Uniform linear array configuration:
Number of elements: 24
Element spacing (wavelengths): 1
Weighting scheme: hamming
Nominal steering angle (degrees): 0
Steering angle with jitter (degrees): -0.5341
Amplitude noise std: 0.05
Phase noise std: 0.05

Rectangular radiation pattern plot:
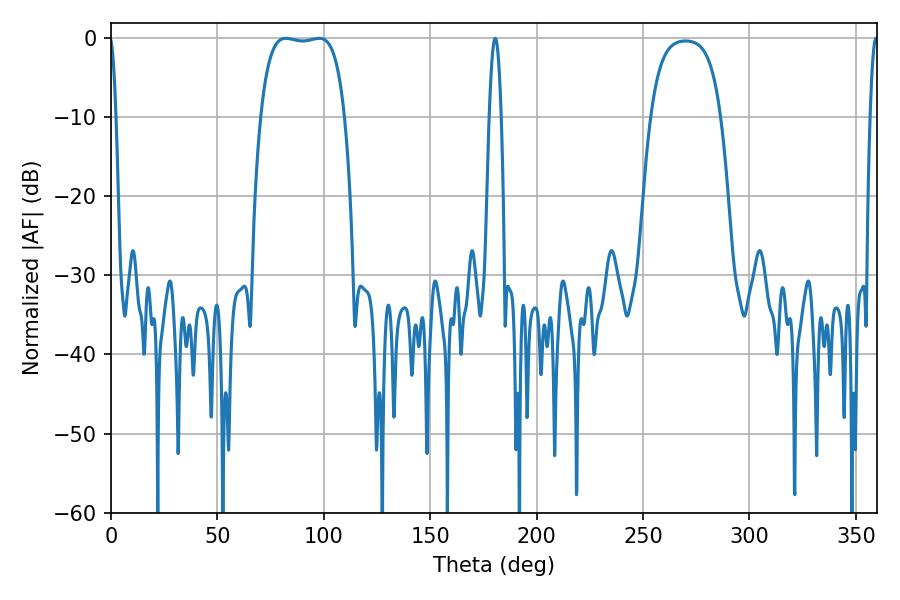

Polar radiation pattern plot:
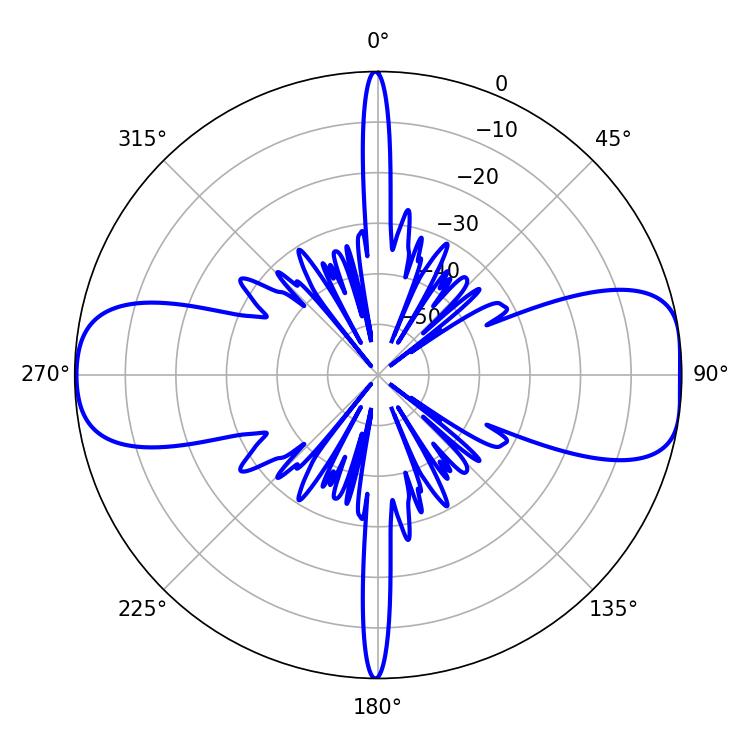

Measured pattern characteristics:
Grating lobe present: TRUE
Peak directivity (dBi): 10.877
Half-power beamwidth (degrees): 2.88
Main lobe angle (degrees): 180.54